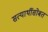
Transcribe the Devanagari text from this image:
सत्यार्थीसोबत